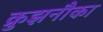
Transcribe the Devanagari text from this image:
क्रुझनौका